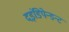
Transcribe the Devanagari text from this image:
दइंडिपेन्डन्ट